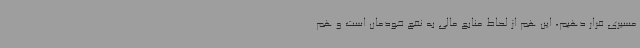
مسیری قرار دهیم، این هم از لحاظ منابع مالی به نفع خودمان است و هم